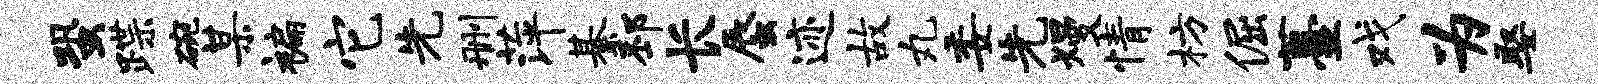
蛩蹀碗某褊它先删萍綦邳长蜃迹故丸委先熳情枋倔薹戏为娶